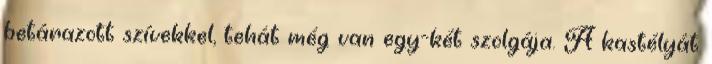
betárazott szívekkel, tehát még van egy-két szolgája. A kastélyát